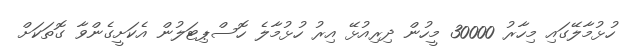
ހުޅުމާލޭގައި މިހާރު 30000 މީހުން ދިރިއުޅޭ އިރު ހުޅުމާލެ ހޮސްޕިޓަލުން އެކަށީގެންވާ ގޮތަކަށް